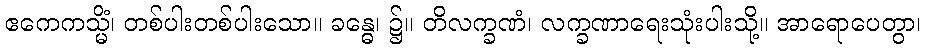
ဧကေကသ္မိံ၊ တစ်ပါးတစ်ပါးသော။ ခန္ဓေ၊ ၌။ တိလက္ခဏံ၊ လက္ခဏာရေးသုံးပါးသို့။ အာရောပေတွာ၊